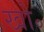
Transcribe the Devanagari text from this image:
खो॰